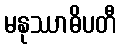
မနုဿာဓိပတီ